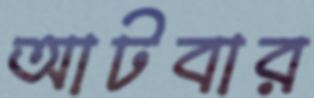
আটবার